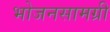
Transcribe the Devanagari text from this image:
भोजनसामग्री